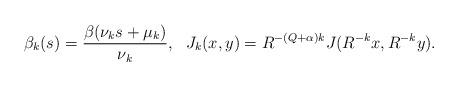
LaTeX: \begin{align*} \begin{aligned} \beta_k(s)={\frac{\beta(\nu_k s+\mu_k)}{\nu_k}}, ~~J_k(x,y)=R^{-(Q+\alpha)k}J(R^{-k}x,R^{-k}y). \end{aligned} \end{align*}